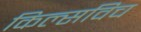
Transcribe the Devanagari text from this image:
किल्सविच